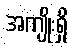
အကျိုးရှိ